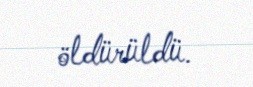
öldürüldü.